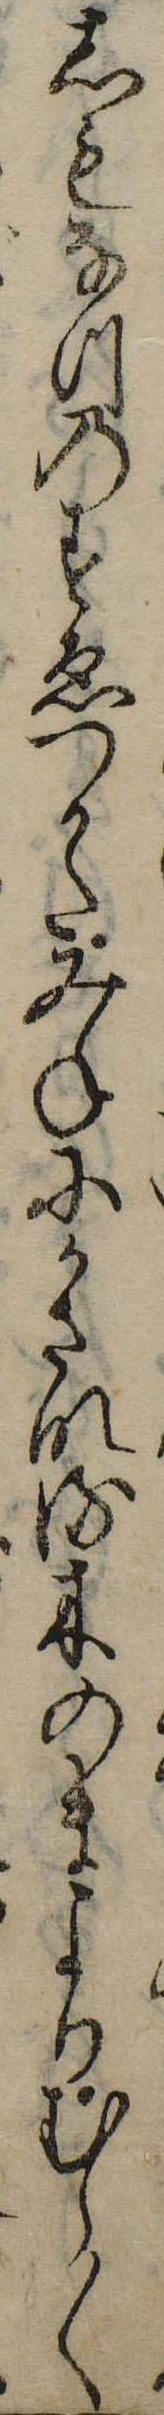
しもなつのすゑつかたみねにかさなる木のまよりむら〱